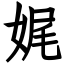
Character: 娓